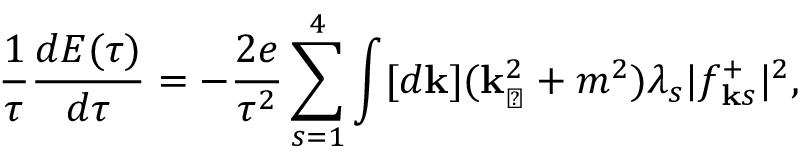
{ \frac { 1 } { \tau } } { \frac { d E ( \tau ) } { d \tau } } = - { \frac { 2 e } { \tau ^ { 2 } } } \sum _ { s = 1 } ^ { 4 } \int [ d { \bf k } ] ( { \bf k } _ { \perp } ^ { 2 } + m ^ { 2 } ) \lambda _ { s } \vert f _ { { \bf k } s } ^ { + } \vert ^ { 2 } ,